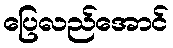
ပြေလည်အောင်